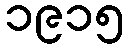
၁၉၁၅